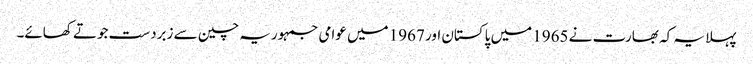
پہلا یہ کہ بھارت نے 1965 میں پاکستان اور 1967 میں عوامی جمہوریہ چین سے زبردست جوتے کھائے۔